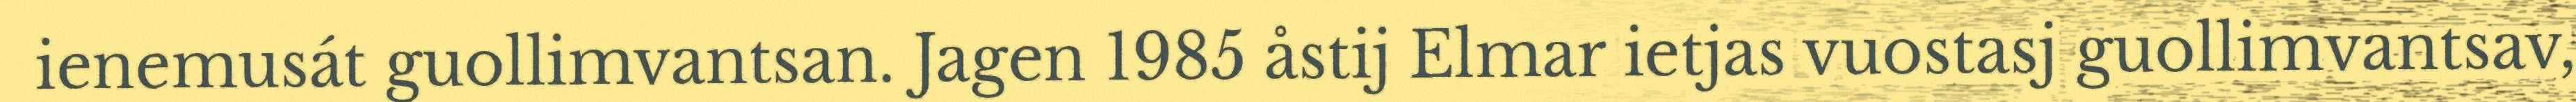
ienemusát guollimvantsan. Jagen 1985 åstij Elmar ietjas vuostasj guollimvantsav,